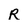
Character: R